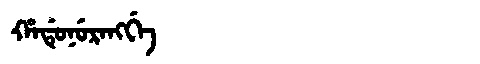
Manchu: ᡥᠠᡩᡠᠨᡠᡵᠠᠩᡤᡝ
Romanization: HADUNURANGGE